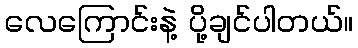
လေကြောင်းနဲ့ ပို့ချင်ပါတယ်။